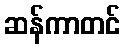
ဆန်ကာတင်